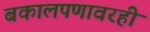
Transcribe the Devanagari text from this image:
बकालपणावरही